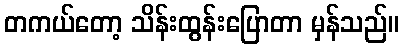
တကယ်တော့ သိန်းထွန်းပြောတာ မှန်သည်။